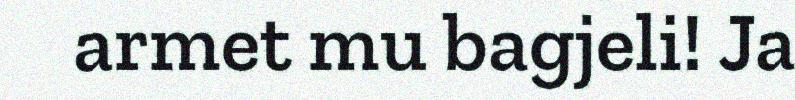
armet mu bagjeli! Ja